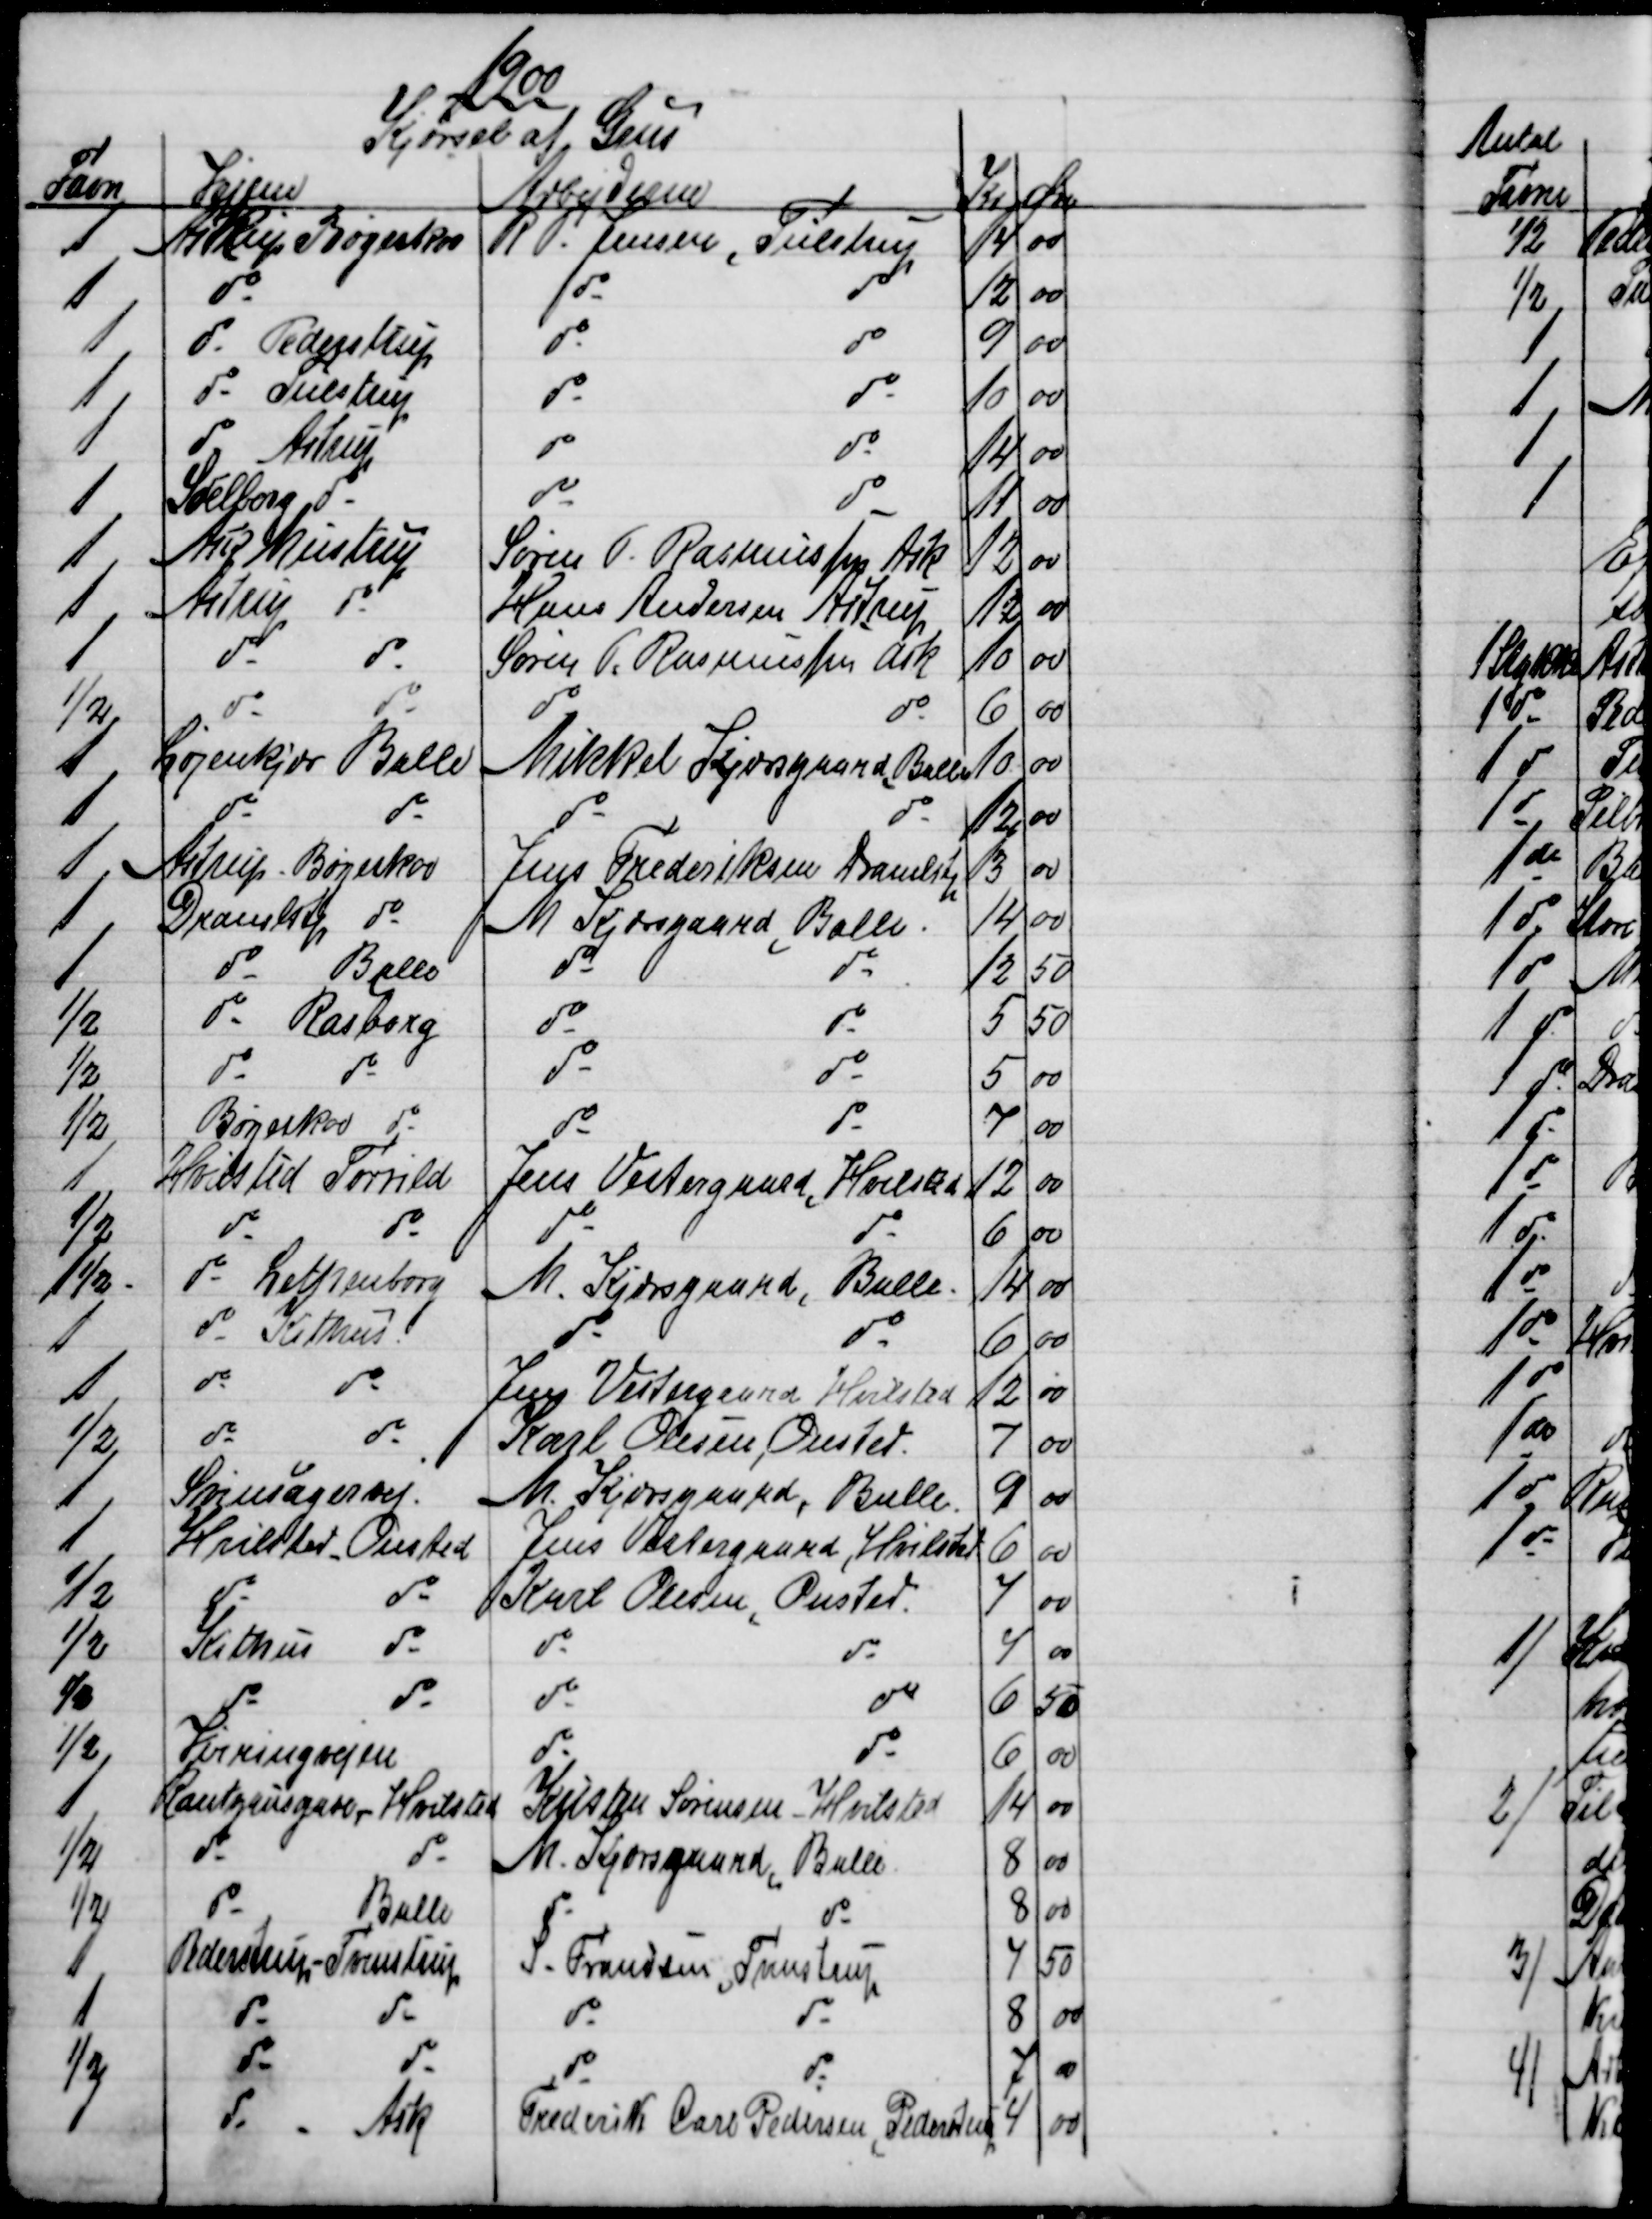
Transskription:
1900
Kjørsel af Sten
Favn
Vejene
Arbejderne
Kr
Øre
1
Astrup Bøgeskov
R. P. Jensen, Tulstrup
14
00
1
do
do
do
12
00
1
do Pederstrup
do
do
9
00
1
do Tulstrup
do
do
10
00
1
do Astrup
do
do
14
00
1
Soelberg do
do
do
11
00
1
Ask Mustrup
Søren P. Rasmussens Ask
12
00
1
Astrup do
Hans Andersen Astrup
12
00
1
do
do
Søren V. Rasmussen Ask
10
00
½
do
do
do
do
6
00
1
Løjenkjær Balle
Mikkel Kjærsgaard Balle
10
00
1
do
do
do
do
12
00
1
Astrup Bøgeskov
Jens Frederiksen Dramlstp
13
00
1
Dramlstp do
M Kjærsgaard Balle
14
00
1
do
Balle
do
do
12
50
½
do Rasborg
do
do
5
50
½
do
do
do
do
5
00
½
Bøgeskov do
do
do
7
00
1
Hvilsted Torrild
Jens Vestergaard, Hvilsted
12
00
½
do
do
do
do
6
00
1½
do Lettenborg
M. Kjærsgaard Balle
14
00
1
do Kithus
do
do
6
00
1
do
do
Jens Vejsergaard Hvilsted
12
00
½
do
do
Karl Olesen Onsted
7
00
1
Svinsagervej.
M. Kjærsgaard, Balle
9
00
1
Hvilsted Onsted
Jens Vestergaard, Hvilsted
6
00
½
do
do
Karl Olesen Onsted.
4
00
½
Kithus
do
do
do
4
00
½
do
do
do
do
6
50
½
Virringvejen
do
do
6
00
1
Rantzausgade - Hvilsted
Kristen Sørensen - Hvilsted
14
00
½
do
do
M. Kjærsgaard, Balle
8
00
½
do
Balle
do
do
8
00
1
Pederstrup -Tvenstrup
S. Frandsen, Tvenstrup
4
50
1
do
do
do
do
8
00
½
do
do
do
do
7
00
1
do
Ask
Frederik Carl Pedersen, Pederstrup
4
00